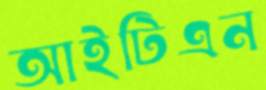
আইটিএন